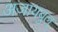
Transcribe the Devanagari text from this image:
अजायबुल्